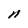
Character: n